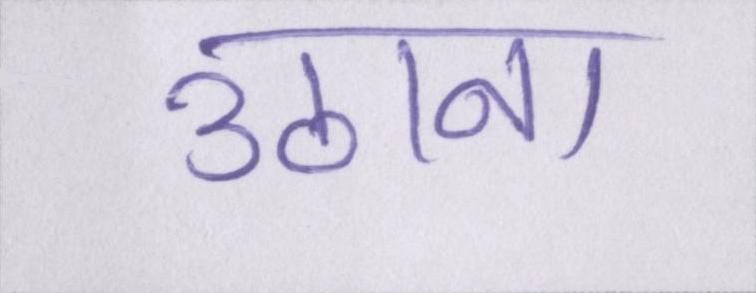
उठाना